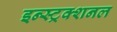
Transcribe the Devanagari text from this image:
इन्स्ट्रक्शनल